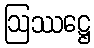
ဩဿဋ္ဌေ